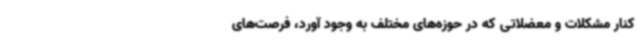
کنار مشکلات و معضلاتی که در حوزه‌های مختلف به وجود آورد، فرصت‌های